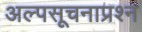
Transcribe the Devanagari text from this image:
अल्पसूचनाप्रश्न